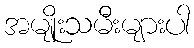
အမျိုးသမီးများပါ